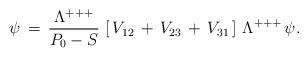
LaTeX: \begin{align*}\psi\,=\,{\Lambda^{+++}\over P_0-S}\, \left[\,V_{12}\,+\,V_{23}\,+\,V_{31}\,\right]\,\Lambda^{+++}\,\psi.\end{align*}